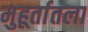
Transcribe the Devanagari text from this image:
मुहूर्तातला